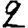
Digit: 2